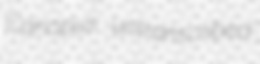
Canopus untranscribed